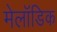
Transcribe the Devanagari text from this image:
मेलॉडिक